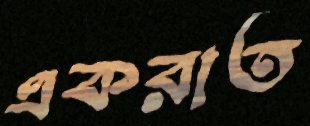
একরাত